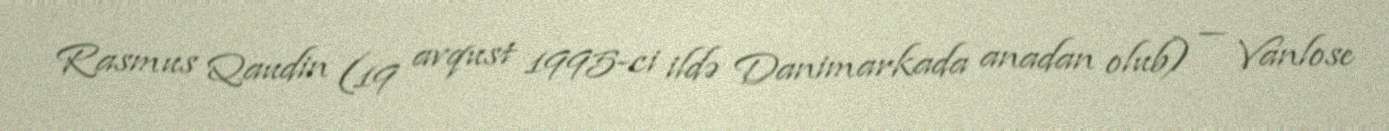
Rasmus Qaudin (19 avqust 1995-ci ildə Danimarkada anadan olub) — Vanlose